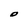
Character: o